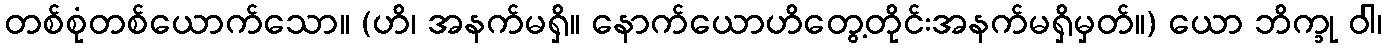
တစ်စုံတစ်ယောက်သော။ (ဟိ၊ အနက်မရှိ။ နောက်ယောဟိတွေ့တိုင်းအနက်မရှိမှတ်။) ယော ဘိက္ခု ဝါ၊